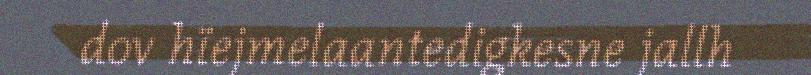
dov hïejmelaantedigkesne jallh